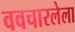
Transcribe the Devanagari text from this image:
ववचारलेला